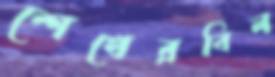
শেখেরবিল